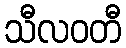
သီလဝတီ